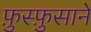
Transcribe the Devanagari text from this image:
फ़ुस्फ़ुसाने